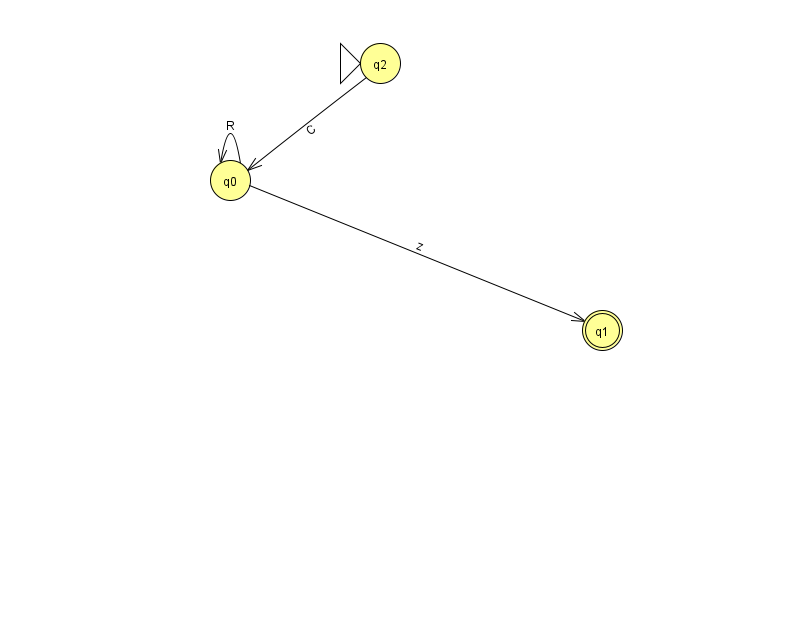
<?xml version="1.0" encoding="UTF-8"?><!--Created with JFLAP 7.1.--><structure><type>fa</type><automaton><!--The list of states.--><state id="0" name="q0"><x>230.0</x><y>167.0</y></state><state id="1" name="q1"><x>602.0</x><y>317.0</y><final/></state><state id="2" name="q2"><x>380.0</x><y>50.0</y><initial/></state><!--The list of transitions.--><transition><from>0</from><to>0</to><read>R</read></transition><transition><from>2</from><to>0</to><read>C</read></transition><transition><from>0</from><to>1</to><read>z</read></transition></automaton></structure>